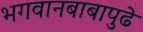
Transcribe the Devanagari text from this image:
भगवानबाबापुढे